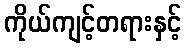
ကိုယ်ကျင့်တရားနှင့်